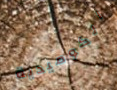
الكوميدية